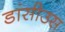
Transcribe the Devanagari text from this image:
डांसीउस